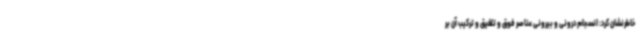
خاطرنشان کرد: انسجام درونی و بیرونی عناصر فوق و تلفیق و ترکیب آن بر